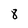
Character: 8